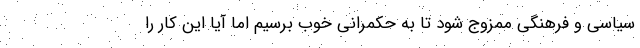
سیاسی و فرهنگی ممزوج شود تا به حکمرانی خوب برسیم اما آیا این کار را